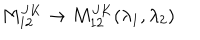
M _ { 1 2 } ^ { J K } \rightarrow M _ { 1 2 } ^ { J K } ( \lambda _ { 1 } , \lambda _ { 2 } )